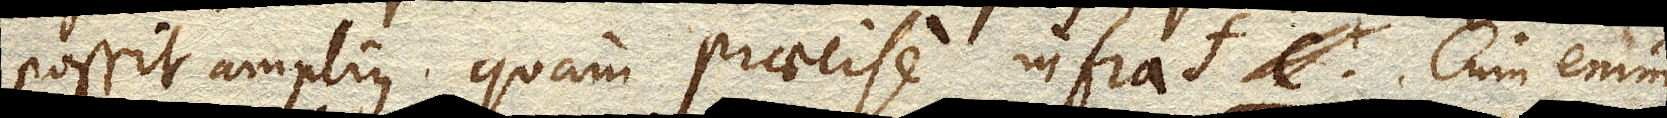
possit amplius quam praecise infra cf. Cum enim